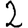
Digit: 2